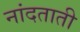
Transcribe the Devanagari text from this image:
नांदताती